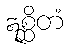
ဣစ္ဆိတံ